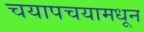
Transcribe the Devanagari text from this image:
चयापचयामधून